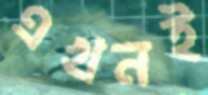
এখনই